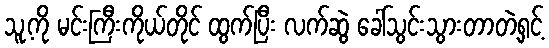
သူ့ကို မင်းကြီးကိုယ်တိုင် ထွက်ပြီး လက်ဆွဲ ခေါ်သွင်းသွားတာတဲ့ရှင့်